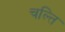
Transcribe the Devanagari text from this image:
चल्ति